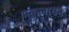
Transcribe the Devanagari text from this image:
मुकुलायन